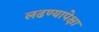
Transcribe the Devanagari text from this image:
लढण्यापेक्षा